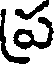
ప